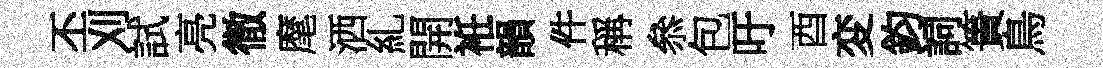
丕刈試亮徹麾洒糺開袵韻件稱叅包吁酉変鈞詞簣鳥